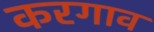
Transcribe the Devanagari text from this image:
करगाव